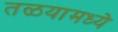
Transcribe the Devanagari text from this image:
तळयामध्ये